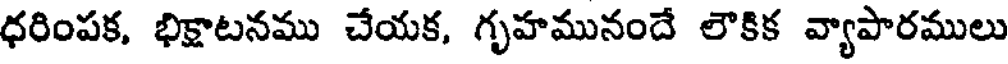
ధరింపక, భిక్షాటనము చేయక, గృహమునందే లౌకిక వ్యాపారములు